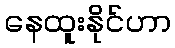
နေထူးနိုင်ဟာ